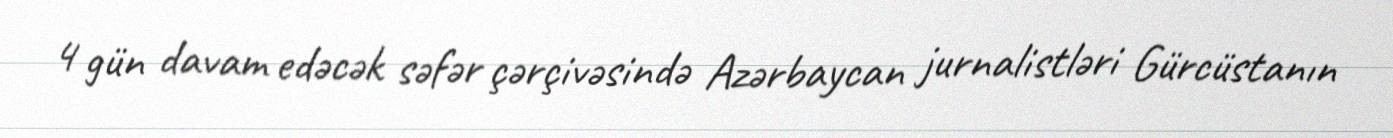
4 gün davam edəcək səfər çərçivəsində Azərbaycan jurnalistləri Gürcüstanın